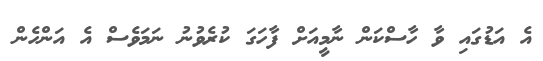
އެ އަޑުގައި ވާ ހާސްކަން ނާމީއަށް ފާހަގަ ކުރެވުނު ނަމަވެސް އެ އަންހެން